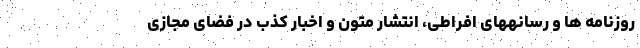
روزنامه ها و رسانههای افراطی، انتشار متون و اخبار کذب در فضای مجازی